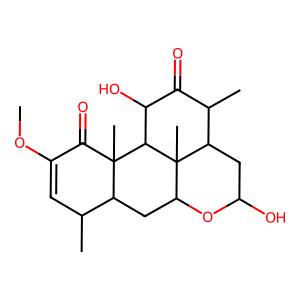
SMILES: COC1=CC(C)C2CC3OC(O)CC4C(C)C(=O)C(O)C(C2(C)C1=O)C34C
Inhibits HIV replication: No